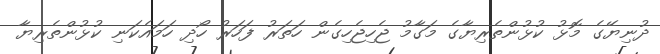
ދުނިޔޭގެ މޮޅު ކުޅުންތެރިޔާގެ މަގާމު ޖެހިޖެހިގެން ހަތަރު ފަހަރު ހޯދި ހަމައެކަނި ކުޅުންތެރިޔާ